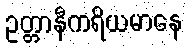
ဥတ္တာနီကရိယမာနေ